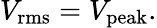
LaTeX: V_{\mathrm{rms}}=V_{\mathrm{peak}}.